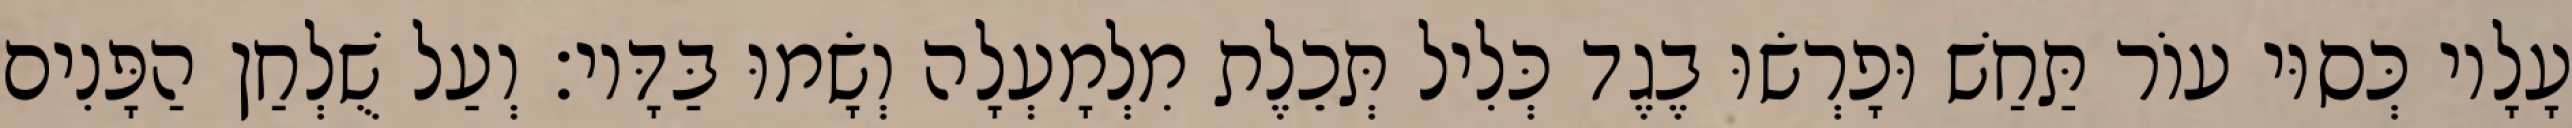
עָלָיו כְּסוּי עוֹר תַּחַשׁ וּפָרְשׂוּ בֶגֶד כְּלִיל תְּכֵלֶת מִלְמָעְלָה וְשָׂמוּ בַּדָּיו׃ וְעַל שֻׁלְחַן הַפָּנִים